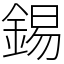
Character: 錫